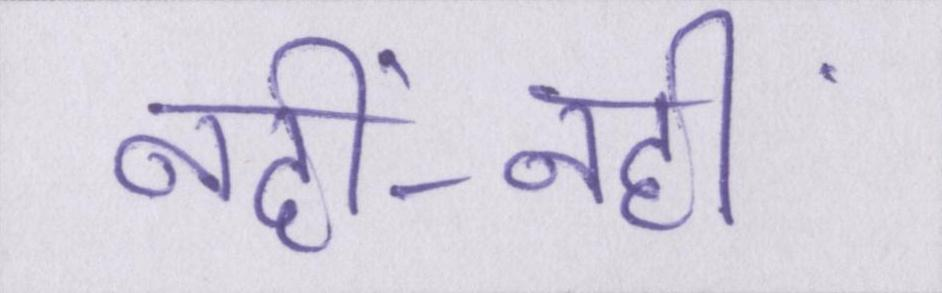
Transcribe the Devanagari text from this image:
नहीं-नहीं